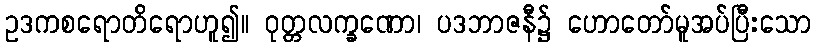
ဥဒကစရောတိရောဟူ၍။ ဝုတ္တလက္ခဏော၊ ပဒဘာဇနီ၌ ဟောတော်မူအပ်ပြီးသော